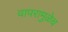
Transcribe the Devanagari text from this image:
वापरामुळेच